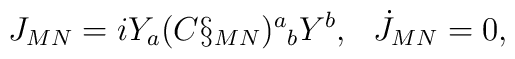
J_{MN}=i Y_a (C\S_{MN})^a{}_b Y^b, \:\: \: \dot J_{MN}=0,